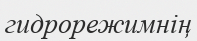
гидрорежимнің